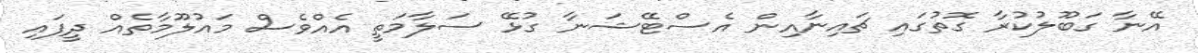
އޭނާ ގަބޫލުކުރާ ގޮތުގައި ޗައިނާއިން އެސްޓޭޝަނާ ގުޅޭ ސަލާމަތީ އެއްވެސް މައުލޫމާތެއް ދީފައި